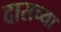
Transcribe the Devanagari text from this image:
दासच्या